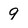
Character: 9